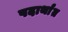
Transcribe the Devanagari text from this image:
पदार्थांंत